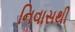
નિવાસથી